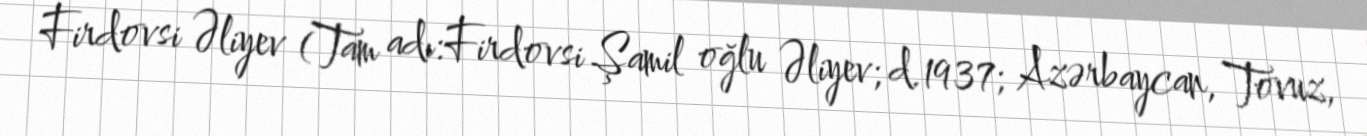
Firdovsi Əliyev (Tam adı:Firdovsi Şamil oğlu Əliyev; d.1937; Azərbaycan, Tovuz,